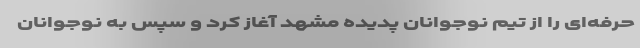
حرفه‌ای را از تیم نوجوانان پدیده مشهد آغاز کرد و سپس به نوجوانان